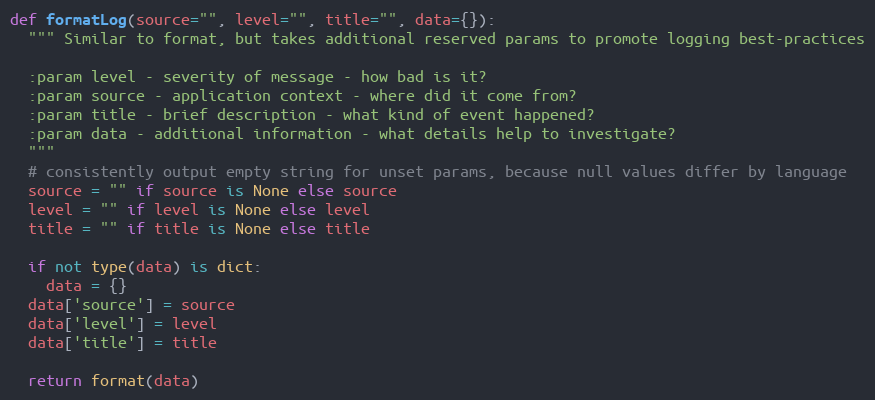
Language: Python
def formatLog(source="", level="", title="", data={}):
  """ Similar to format, but takes additional reserved params to promote logging best-practices

  :param level - severity of message - how bad is it?
  :param source - application context - where did it come from?
  :param title - brief description - what kind of event happened?
  :param data - additional information - what details help to investigate?
  """
  # consistently output empty string for unset params, because null values differ by language
  source = "" if source is None else source
  level = "" if level is None else level
  title = "" if title is None else title

  if not type(data) is dict:
    data = {}
  data['source'] = source
  data['level'] = level
  data['title'] = title

  return format(data)